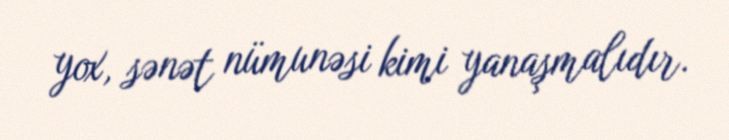
yox, sənət nümunəsi kimi yanaşmalıdır.